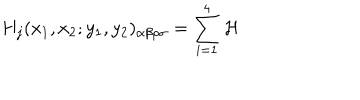
H _ { j } ( x _ { 1 } , x _ { 2 } ; y _ { 1 } , y _ { 2 } ) _ { \alpha \beta \rho \sigma } = \sum _ { i = 1 } ^ { 4 } { \cal H }